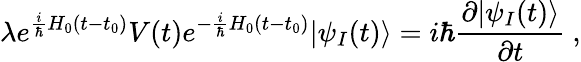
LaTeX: \lambda e^{{\frac{i}{\hbar}}H_{0}(t-t_{0})}V(t)e^{-{\frac{i}{\hbar}}H_{0}(t-t_{0})}|\psi_{I}(t)\rangle=i\hbar{\frac{\partial|\psi_{I}(t)\rangle}{\partial t}}~,